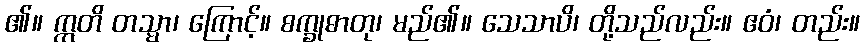
၏။ ဣတိ တသ္မာ၊ ကြောင့်။ စက္ခုဓာတု၊ မည်၏။ သေသာပိ၊ တို့သည်လည်း။ ဧဝံ၊ တည်း။